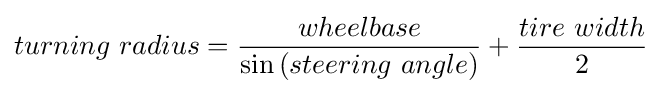
turning\ radius={\frac {wheelbase}{\sin {\left(steering\ angle\right)}}}+{\frac {tire\ width}{2}}